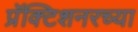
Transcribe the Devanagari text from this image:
प्रॅक्टिशनरच्या